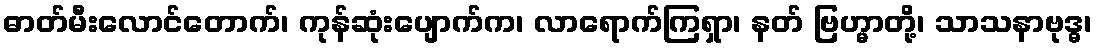
ဓာတ်မီးလောင်တောက်၊ ကုန်ဆုံးပျောက်က၊ လာရောက်ကြရှာ၊ နတ် ဗြဟ္မာတို့၊ သာသနာဗုဒ္ဓ၊